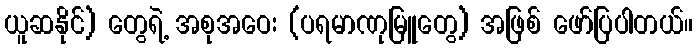
ယူဆနိုင်) တွေရဲ့ အစုအဝေး (ပရမာဏုမြူတွေ) အဖြစ် ဖော်ပြပါတယ်။